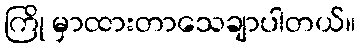
ကြို မှာထားတာသေချာပါတယ်။